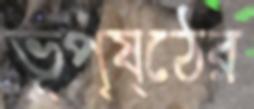
ভূপৃষ্ঠের